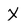
Character: X